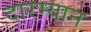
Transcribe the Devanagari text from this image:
दारम्यान